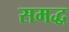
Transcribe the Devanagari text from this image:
समद्ध